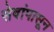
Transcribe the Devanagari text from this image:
सेवांपासून